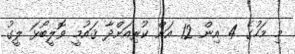
މި މަހުގެ 4 އިން 12 އަށް ކުރިއަށްދާ ޤައުމީ ވޮލީބޯޅަ ލީގު